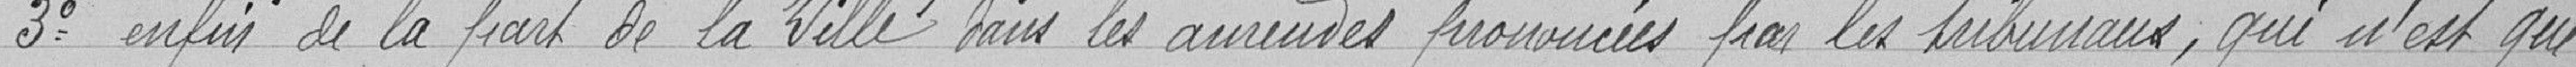
3° enfin de la part de la ville dans les annexes prononcées par les tribunaux, qui n'est que